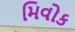
મિવોક